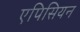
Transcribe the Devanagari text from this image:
एपिसियन